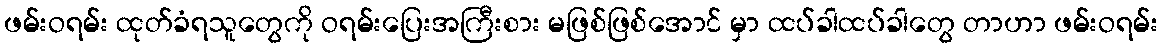
ဖမ်းဝရမ်း ထုတ်ခံရသူတွေကို ဝရမ်းပြေးအကြီးစား မဖြစ်ဖြစ်အောင် မှာ ထပ်ခါထပ်ခါတွေ တာဟာ ဖမ်းဝရမ်း